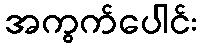
အကွက်ပေါင်း